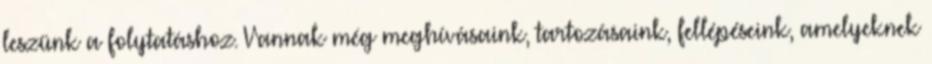
leszünk a folytatáshoz. Vannak még meghívásaink, tartozásaink, fellépéseink, amelyeknek